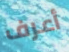
أعرف